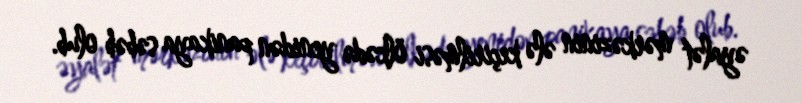
əyalət mərkəzinin ələ keçirilməsi ölkədə yenidən panikaya səbəb olub.